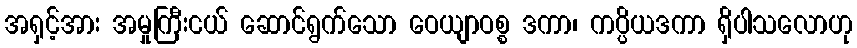
အရှင့်အား အမှုကြီးငယ် ဆောင်ရွက်သော ဝေယျာဝစ္စ ဒကာ၊ ကပ္ပိယဒကာ ရှိပါသလောဟု